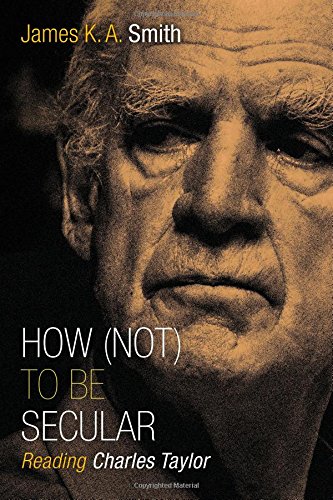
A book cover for How (Not) to Be Secular: Reading Charles Taylor; James K. A. Smith; History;